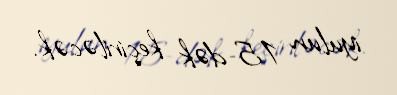
iyulun 15-dək keçiriləcək.